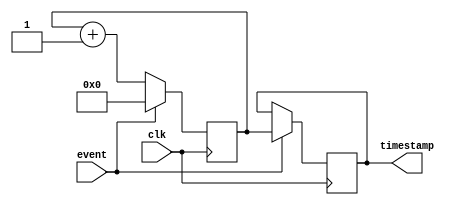
module timestamp_timer (
  input event,  // Input signal for the specified event
  input clk,    // Clock signal for timer increment
  output reg[31:0] timestamp  // 32-bit register for storing timestamp
);

reg[31:0] timer;  // 32-bit timer for tracking elapsed time

always @(posedge clk) begin
  if (event) begin
    timer <= 0;  // Reset timer when event occurs
    timestamp <= timer;  // Store current timer value in timestamp register
  end else begin
    timer <= timer + 1;  // Increment timer every clock cycle
  end
end

endmodule